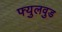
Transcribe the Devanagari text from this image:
फ्युलवुड